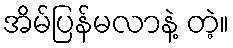
အိမ်ပြန်မလာနဲ့ တဲ့။